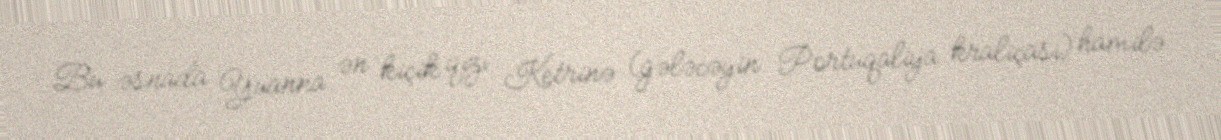
Bu əsnada Yuanna ən kiçik qızı Ketrinə (gələcəyin Portuqaliya kraliçası) hamilə